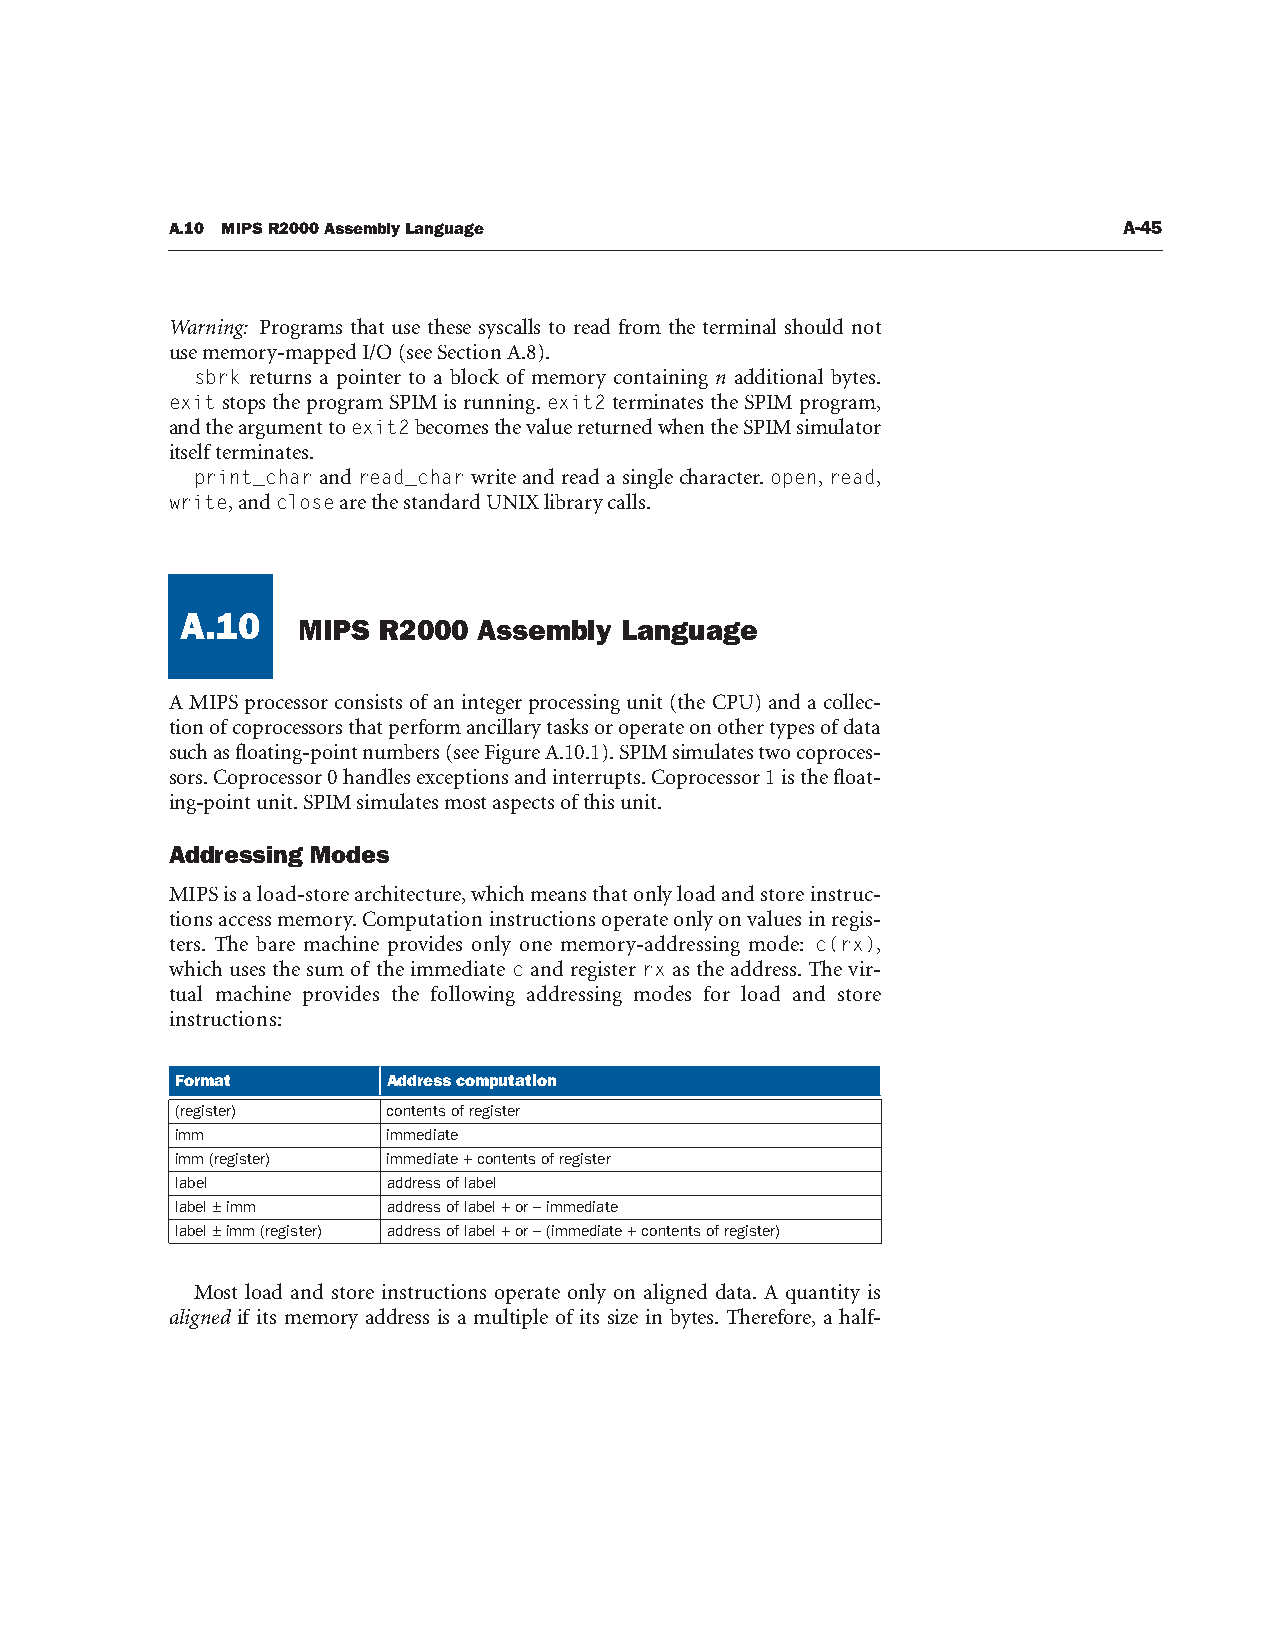
A.10 MIPS R2000 Assembly Language                              A-45
 Warning: Programs that use these syscalls to read from the terminal should not
 use memory-mapped I/O (see Section A.8).
 sbrk returns a pointer to a block of memory containing n additional bytes.
 exit stops the program SPIM is running. exit2 terminates the SPIM program,
 and the argument to exit2 becomes the value returned when the SPIM simulator
 itself terminates.
 print_char and read_char write and read a single character. open, read,
 write, and close are the standard UNIX library calls.
 A.10
 MIPS R2000  Assembly Language
 A.10
 A MIPS processor consists of an integer processing unit (the CPU) and a collec-
 tion of coprocessors that perform ancillary tasks or operate on other types of data
 such as floating-point numbers (see Figure A.10.1). SPIM simulates two coproces-
 sors. Coprocessor 0 handles exceptions and interrupts. Coprocessor 1 is the float-
 ing-point unit. SPIM simulates most aspects of this unit.
 Addressing Modes
 MIPS is a load-store architecture, which means that only load and store instruc-
 tions access memory. Computation instructions operate only on values in regis-
 ters. The bare machine provides only one memory-addressing mode: c(rx),
 which uses the sum of the immediate c and register rx as the address. The vir-
 tual machine provides the following addressing modes for load and store
 instructions:
 Format        Address computation
 (register)    contents of register
 imm           immediate
 imm (register) immediate + contents of register
 label         address of label
 label ± imm   address of label + or – immediate
 label ± imm (register) address of label + or – (immediate + contents of register)
 Most load and store instructions operate only on aligned data. A quantity is
 aligned if its memory address is a multiple of its size in bytes. Therefore, a half-